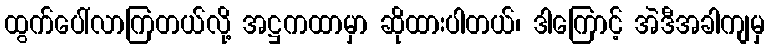
ထွက်ပေါ်လာကြတယ်လို့ အဋ္ဌကထာမှာ ဆိုထားပါတယ်၊ ဒါကြောင့် အဲဒီအခါကျမှ